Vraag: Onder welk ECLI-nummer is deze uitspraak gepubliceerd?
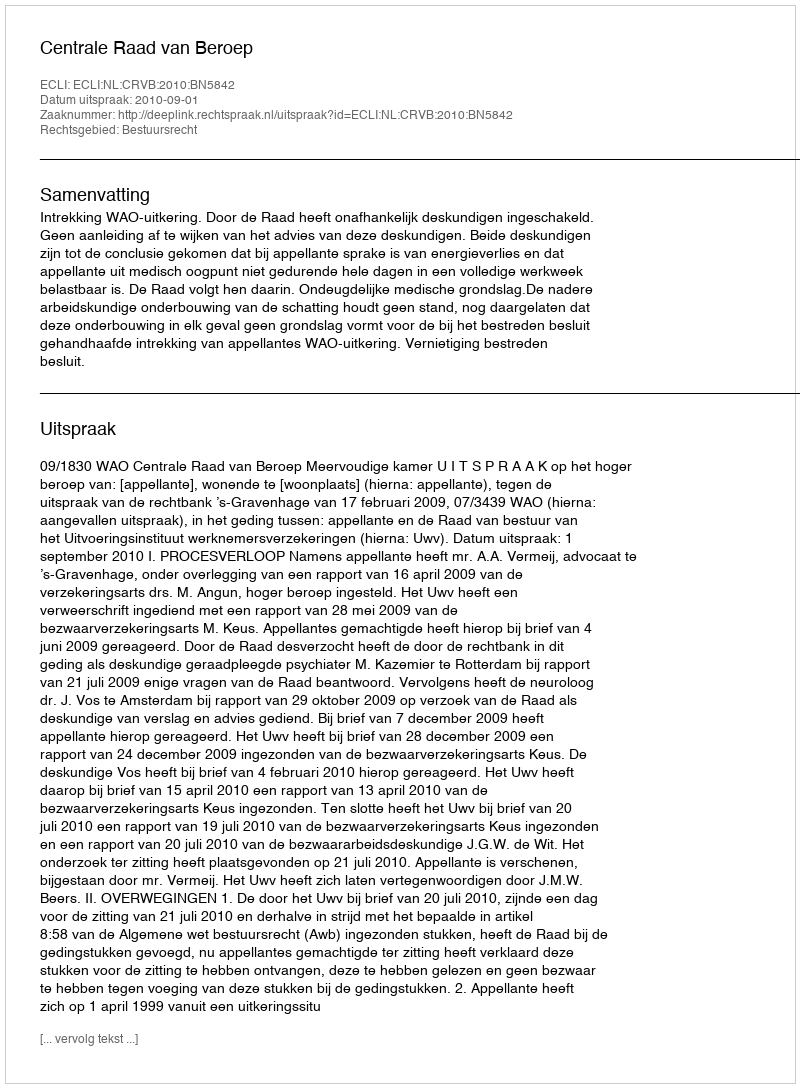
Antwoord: ECLI:NL:CRVB:2010:BN5842